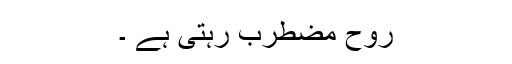
روح مضطرب رہتی ہے ۔